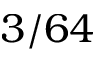
3 / 6 4